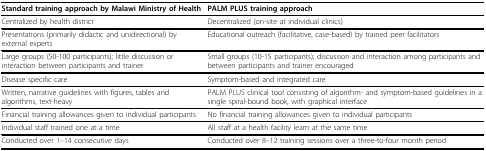
| Standard training approach by Malawi Ministry of Health | PALM PLUS training approach |
 | --- | --- |
 | Centralized by health district | Decentralized (on-site at individual clinics) |
 | Presentations (primarily didactic and unidirectional) by external experts | Educational outreach (facilitative, case-based) by trained peer facilitators |
 | Large groups (50-100 participants); little discussion or interaction between participants and trainer | Small groups (10-15 participants); discussion and interaction among participants and between participants and trainer encouraged |
 | Disease specific care | Symptom-based and integrated care |
 | Written, narrative guidelines with figures, tables and algorithms, text-heavy | PALM PLUS clinical tool consisting of algorithm- and symptom-based guidelines in a single spiral-bound book, with graphical interface |
 | Financial training allowances given to individual participants | No financial training allowances given to individual participants |
 | Individual staff trained one at a time | All staff at a health facility learn at the same time |
 | Conducted over 1–14 consecutive days | Conducted over 8–12 training sessions over a three-to-four month period |